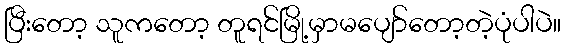
ပြီးတော့ သူကတော့ တူရင်မြို့မှာမပျော်တော့တဲ့ပုံပါပဲ။